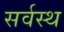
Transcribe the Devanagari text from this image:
सर्वस्थ